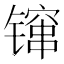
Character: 镩